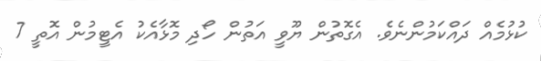
ކުޅުމެއް ދައްކަމުންނެވެ. އެގޮތުން ޔޫވީ އަތުން ހޯދި މޮޅާއެކު އެޓީމުން އޮތީ 7